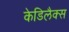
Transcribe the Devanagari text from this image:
केडिलैक्‍स